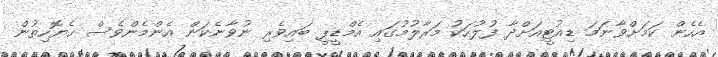
އެހެން ކަމަށްވާނަމަ ޑިއުޓީއަށްދާ ފުލުހަކު މަރާލުމުގައި އެމްޑީޕީ ބައިވެރި ނުވާނެކަން އެންމެންވެސް ހެޔޮހިތުން